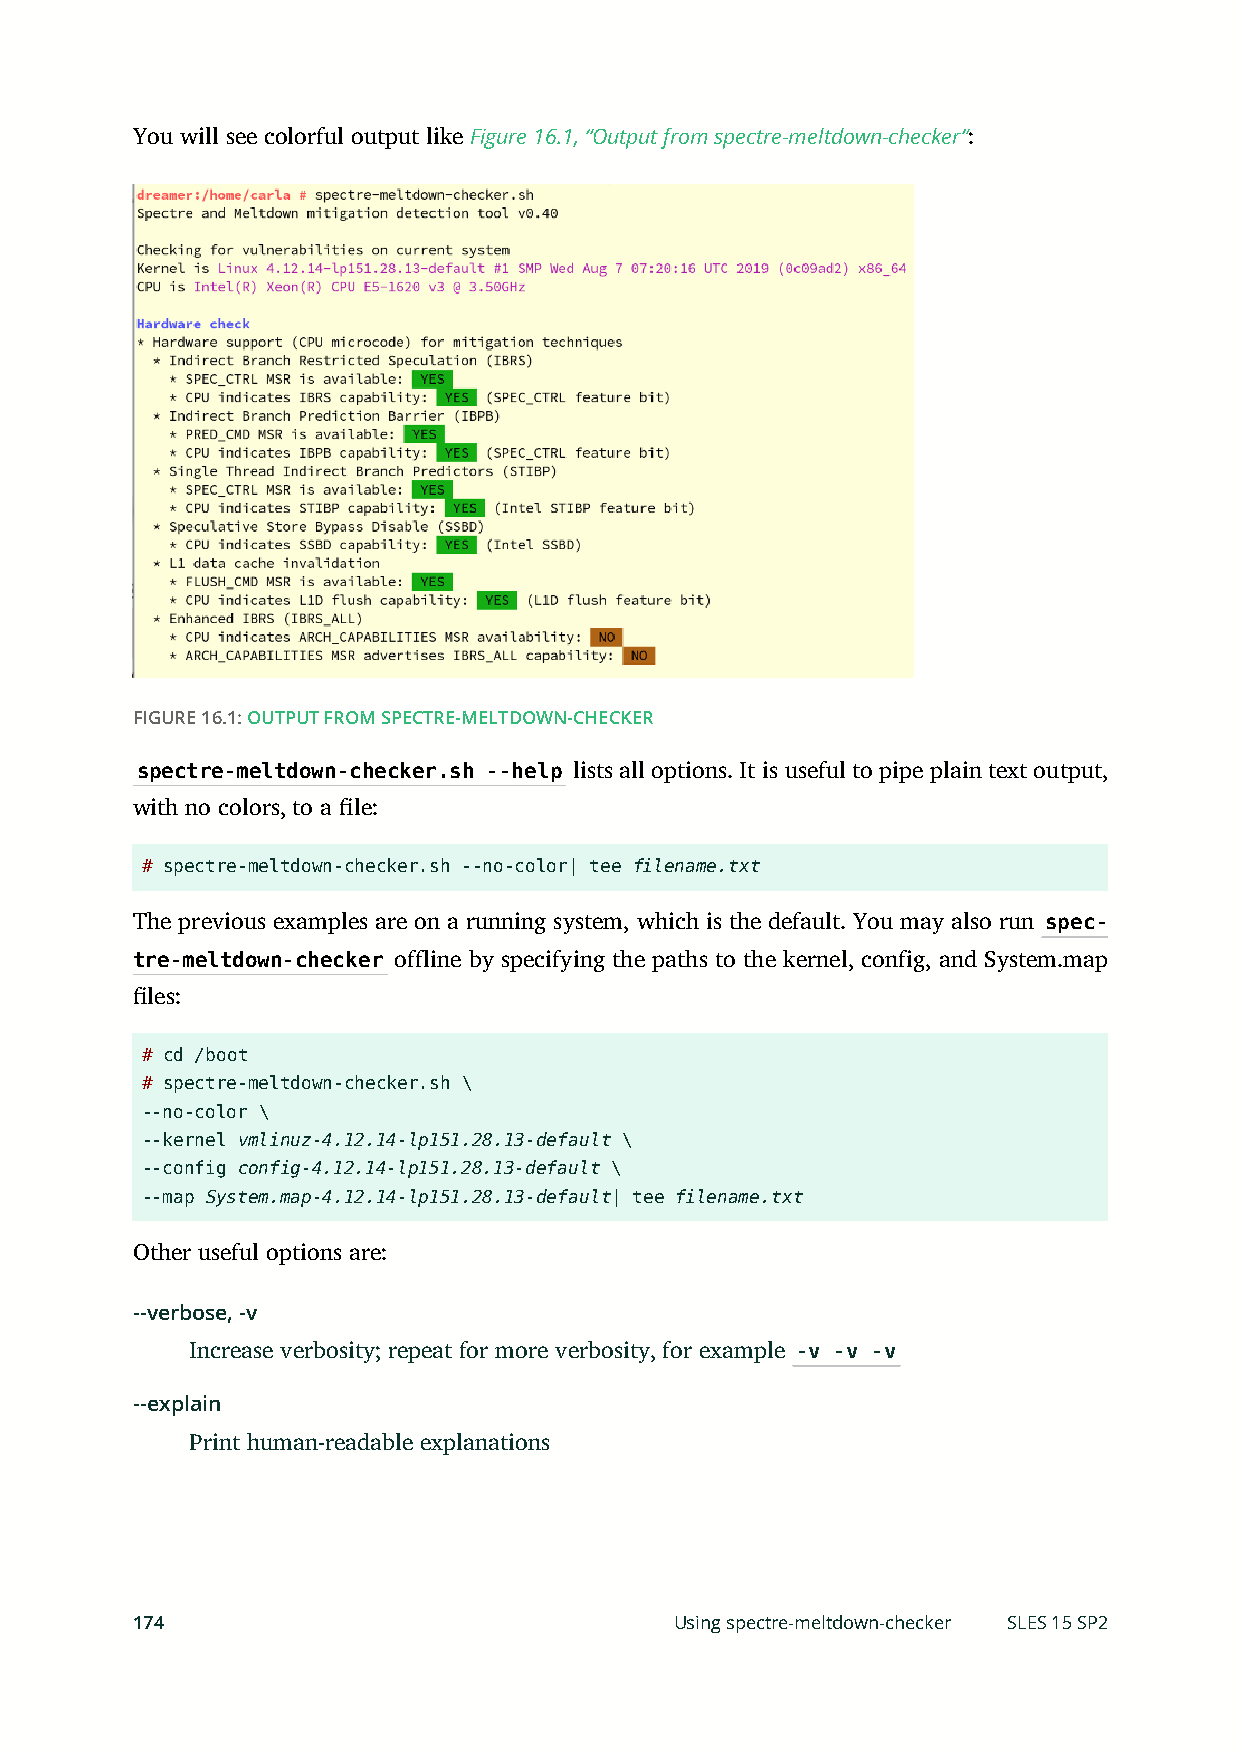
You will see colorful output like Figure 16.1, “Output from spectre-meltdown-checker”:
 FIGURE 16.1: OUTPUT FROM SPECTRE-MELTDOWN-CHECKER
 spectre-meltdown-checker.sh --help lists all options. It is useful to pipe plain text output,
 with no colors, to a le:
 # spectre-meltdown-checker.sh --no-color| tee filename.txt
 The previous examples are on a running system, which is the default. You may also run spec-
 tre-meltdown-checker offline by specifying the paths to the kernel, config, and System.map
 les:
 # cd /boot
 # spectre-meltdown-checker.sh \
 --no-color \
 --kernel vmlinuz-4.12.14-lp151.28.13-default \
 --config config-4.12.14-lp151.28.13-default \
 --map System.map-4.12.14-lp151.28.13-default| tee filename.txt
 Other useful options are:
 --verbose, -v
 Increase verbosity; repeat for more verbosity, for example -v -v -v
 --explain
 Print human-readable explanations
 174                                 Using spectre-meltdown-checker SLES 15 SP2